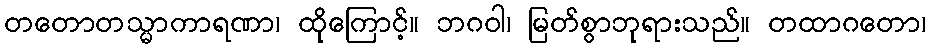
တတောတသ္မာကာရဏာ၊ ထိုကြောင့်။ ဘဂဝါ၊ မြတ်စွာဘုရားသည်။ တထာဂတော၊